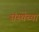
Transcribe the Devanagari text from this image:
संस्थेंच्या